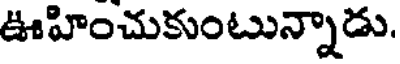
ఊహించుకుంటున్నాడు.